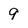
Character: 9